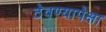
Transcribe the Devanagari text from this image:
ठेवण्यापेक्षा